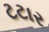
ટટાર